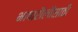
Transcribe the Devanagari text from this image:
भाषाशैलीसाठी